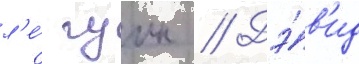
л'е́ гуин // Дэ́в'ид